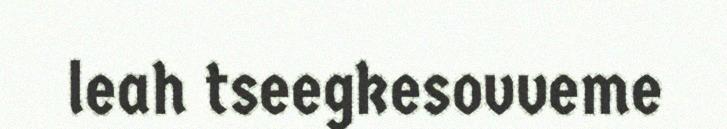
leah tseegkesovveme